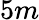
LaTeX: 5m